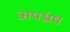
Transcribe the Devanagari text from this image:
अपभ्रंष